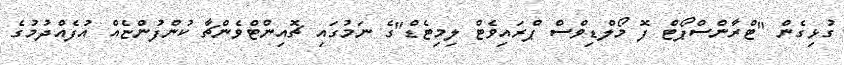
ގުޅިގެން "ޓްރާންސްޕޯޓް ފޮ މޯލްޑިވްސް ޕްރައިވެޓް ލިމިޓެޑް"ގެ ނަމުގައި ޗޮއިންޓްވެންޗާ ކުންފުންޏެއް އުފެއްދުމުގެ